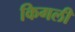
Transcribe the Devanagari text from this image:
किगली